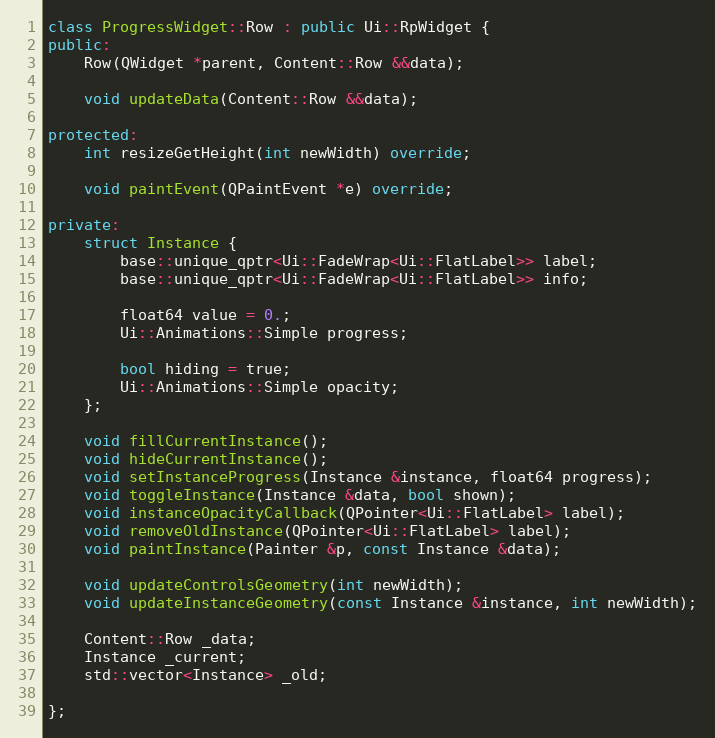
Language: C++
class ProgressWidget::Row : public Ui::RpWidget {
public:
	Row(QWidget *parent, Content::Row &&data);

	void updateData(Content::Row &&data);

protected:
	int resizeGetHeight(int newWidth) override;

	void paintEvent(QPaintEvent *e) override;

private:
	struct Instance {
		base::unique_qptr<Ui::FadeWrap<Ui::FlatLabel>> label;
		base::unique_qptr<Ui::FadeWrap<Ui::FlatLabel>> info;

		float64 value = 0.;
		Ui::Animations::Simple progress;

		bool hiding = true;
		Ui::Animations::Simple opacity;
	};

	void fillCurrentInstance();
	void hideCurrentInstance();
	void setInstanceProgress(Instance &instance, float64 progress);
	void toggleInstance(Instance &data, bool shown);
	void instanceOpacityCallback(QPointer<Ui::FlatLabel> label);
	void removeOldInstance(QPointer<Ui::FlatLabel> label);
	void paintInstance(Painter &p, const Instance &data);

	void updateControlsGeometry(int newWidth);
	void updateInstanceGeometry(const Instance &instance, int newWidth);

	Content::Row _data;
	Instance _current;
	std::vector<Instance> _old;

};